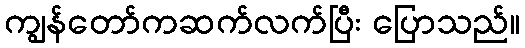
ကျွန်တော်ကဆက်လက်ပြီး ပြောသည်။